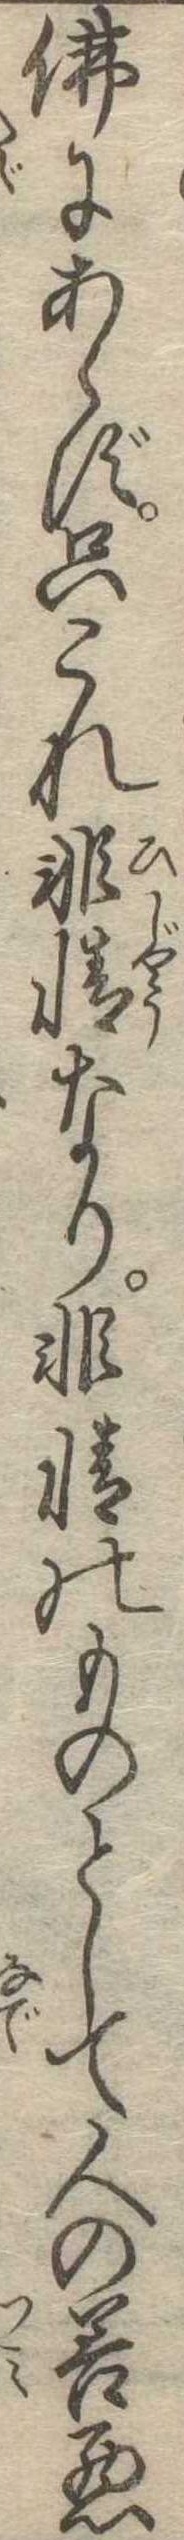
仏にあらず只これ非情なり非情のものとして人の善悪